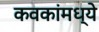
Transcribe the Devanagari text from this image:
कवकांमध्ये